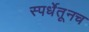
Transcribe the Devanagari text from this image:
स्पर्धेतूनच